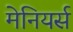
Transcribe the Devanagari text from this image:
मेनियर्स